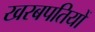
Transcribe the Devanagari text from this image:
खरबपतियों